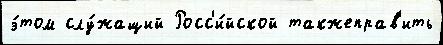
э́том слу́жащий Росс'и́йской такжеправ'ить